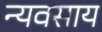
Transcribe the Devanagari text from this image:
न्यवसाय